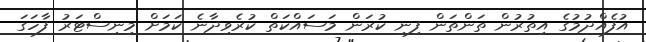
އުފެއްދުމުގެ އިތުރުން ތަންތަން ފިނި ކުރަން މަސައްކަތް ކުރެވިދާނެ ކަމަށް މިނިސްޓަރު ފާހަގަ